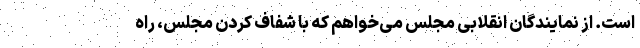
است. از نمایندگان انقلابی مجلس می‌خواهم که با شفاف کردن مجلس، راه